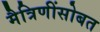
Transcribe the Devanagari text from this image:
मैत्रिणींसोबत